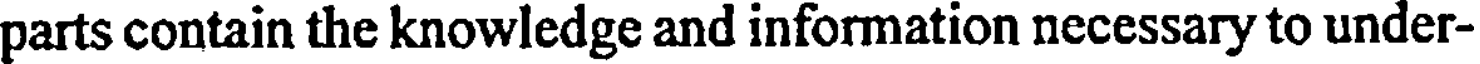
parts contain the knowledge and information necessary to under-